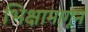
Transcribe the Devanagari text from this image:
भिक्षामागून